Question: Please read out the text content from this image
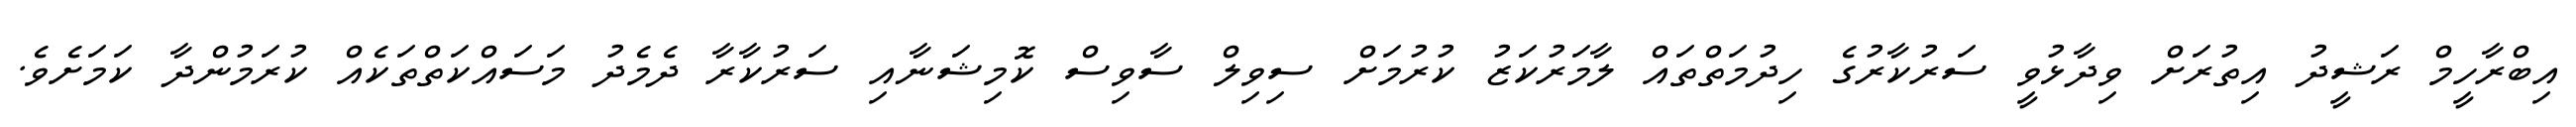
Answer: އިބްރާހީމް ރަޝީދު އިތުރަށް ވިދާޅުވީ ސަރުކާރުގެ ހިދުމަތްތައް ލާމަރުކަޒު ކުރުމަށް ސިވިލް ސާވިސް ކޮމިޝަނާއި ސަރުކާރާ ދެމެދު މަސައްކަތްތަކެއް ކުރަމުންދާ ކަމަށެވެ.